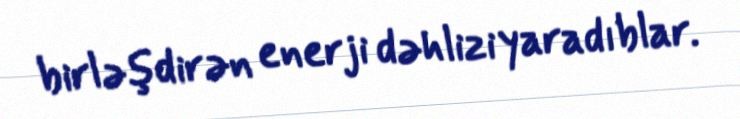
birləşdirən enerji dəhlizi yaradıblar.